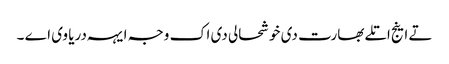
تے اینج اتلے بھارت دی خوشحالی دی اک وجہ ایہہ دریا وی اے ۔